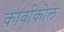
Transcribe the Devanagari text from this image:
कार्वाकोल